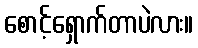
စောင့်ရှောက်တာပဲလား။